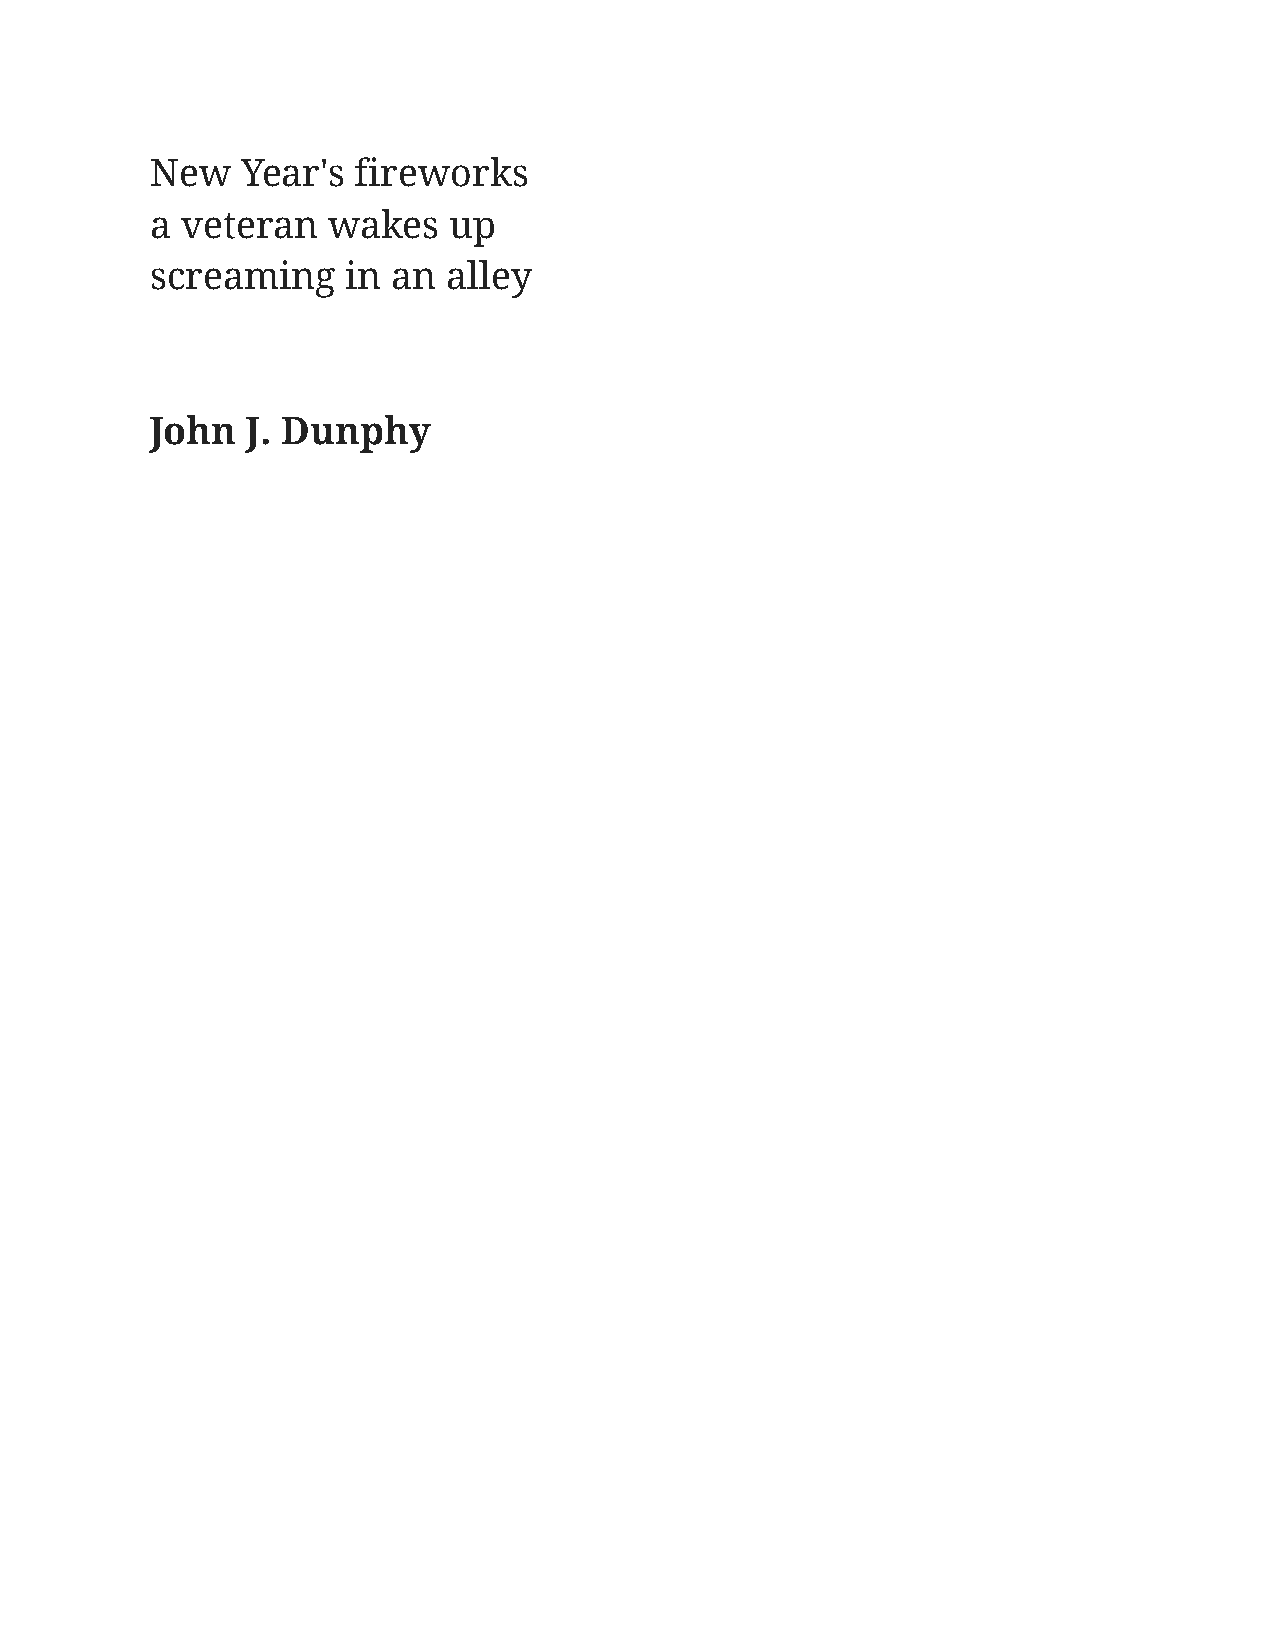
New   Year's  fireworks
 a veteran   wakes   up
 screaming    in an  alley
 John  J. Dunphy